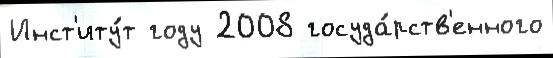
Инст'иту́т году 2008 госуда́рств'енного